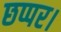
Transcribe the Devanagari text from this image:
छप्पर।